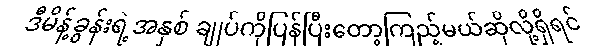
ဒီမိန့်ခွန်းရဲ့အနှစ် ချုပ်ကိုပြန်ပြီးတော့ကြည့်မယ်ဆိုလို့ရှိရင်